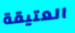
العتيقة